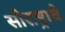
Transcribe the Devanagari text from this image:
सौराष्ट्राचे